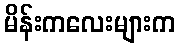
မိန်းကလေးများက